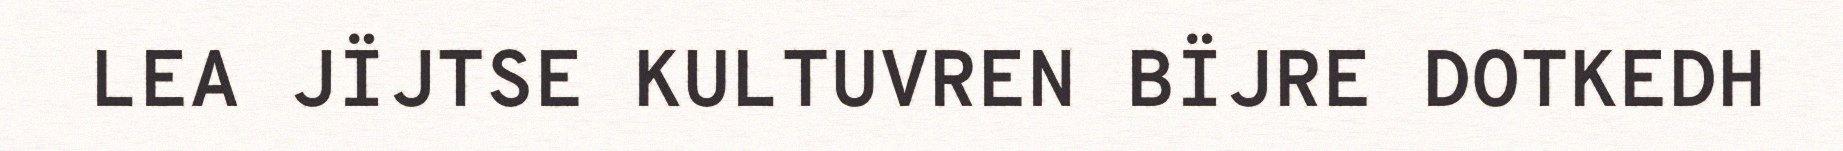
LEA JÏJTSE KULTUVREN BÏJRE DOTKEDH